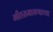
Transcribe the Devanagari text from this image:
गीतरामायणाच्या